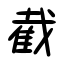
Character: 截